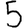
Digit: 5